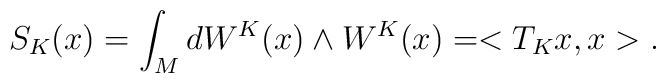
S_K(x)=\int_M dW^K(x)\wedge W^K(x) = < T_Kx,x>.